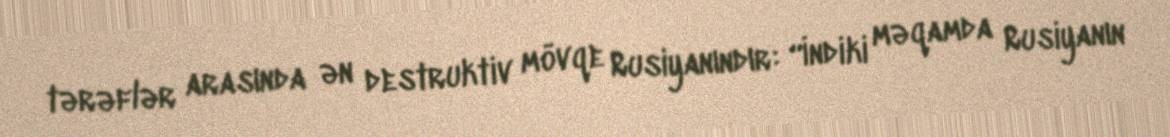
tərəflər arasında ən destruktiv mövqe Rusiyanındır: “İndiki məqamda Rusiyanın